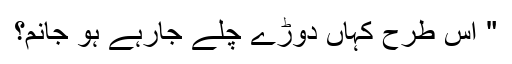
" اس طرح کہاں دوڑے چلے جارہے ہو جانم؟